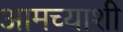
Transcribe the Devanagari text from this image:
आमच्याशी